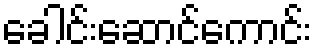
ခေါင်းဆောင်ကောင်း